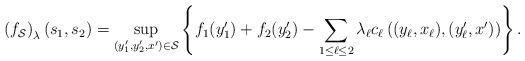
LaTeX: \begin{align*}\left(f_{\mathcal{S}}\right)_\lambda(s_1, s_2) = \sup_{ (y_1^\prime, y_2^\prime, x^\prime ) \in \mathcal{S} } \left\{ f_1(y_1^\prime) + f_2(y_2^\prime) - \sum_{1 \leq \ell \leq 2} \lambda_\ell c_\ell\left( (y_\ell, x_\ell), (y^\prime_\ell, x^\prime) \right) \right\}.\end{align*}